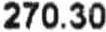
270.30